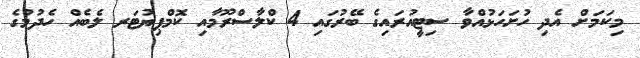
މިކަމަށް އެދި ހުށަހަޅުއްވާ ސިޓީއުރައިގެ ބޭރުގައި 4 ކްލާސްރޫމާއި ކޮމްޕިޔުޓަރ ލެބެއް ހެދުމުގެ